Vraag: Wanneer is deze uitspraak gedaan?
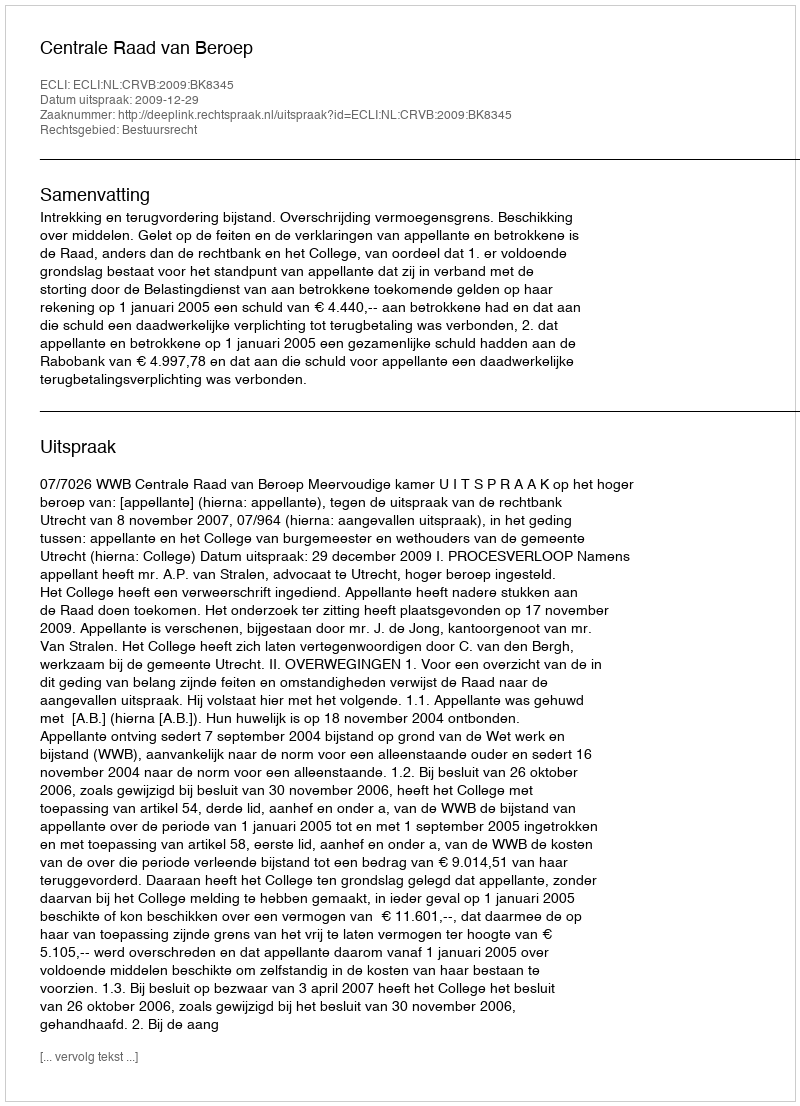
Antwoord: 2009-12-29